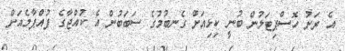
އެ ރަށު ހޮސްޕިޓަލުން ބުނީ ކިޅިއަށް ގެނބުމުގެ ސަބަބުން އެ ކުއްޖާގެ ފުއްޕާމެއަށް